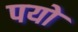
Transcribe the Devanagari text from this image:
पयो